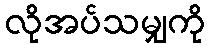
လိုအပ်သမျှကို